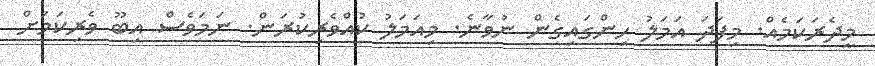
މީދެރަކަމެއް. މިފަދަ އަމަލު ހިންގައިގެން ނުވާނެ. މިއަމަލު ކުއްވެރިކުރަން. ނަމަވެސް އިބޫ ވެރިކަމަށް